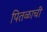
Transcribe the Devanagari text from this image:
पितळाची